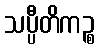
သပ္ပီတိကဉ္စ